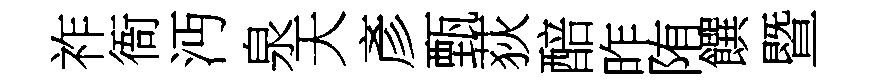
祚衙沔泉天彥甄荻醅昨陏饌暨